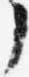
了